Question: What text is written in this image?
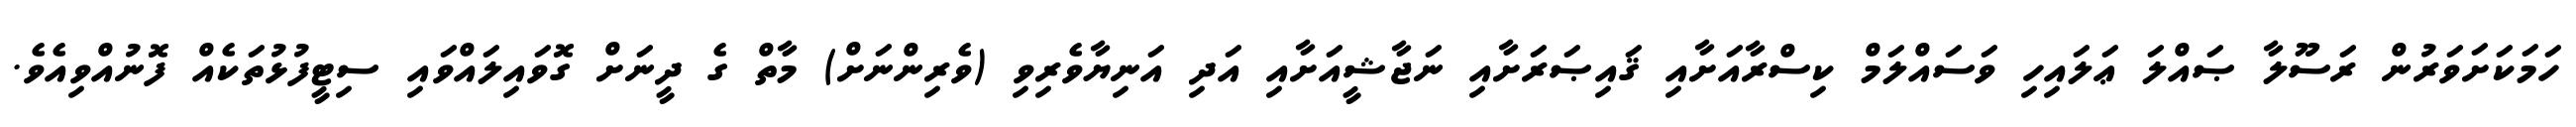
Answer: ހަމަކަށަވަރުން ރަސޫލާ ޞައްލަ ޢަލައިހި ވަސައްލަމް ކިސްރާއަށާއި ޤައިޞަރަށާއި ނަޖާޝީއަށާއި އަދި އަނިޔާވެރިވި (ވެރިންނަށް) މާތް ގެ ދީނަށް ގޮވައިލައްވައި ސިޓީފުޅުތަކެއް ފޮނުއްވިއެވެ.